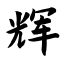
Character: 辉